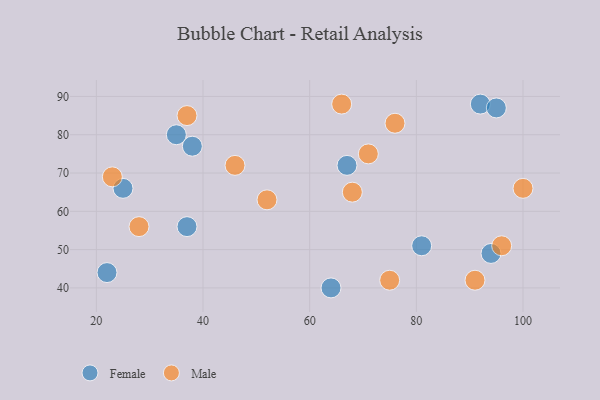
{"axis": {"x": "GDP", "y": "Life Expectancy"}, "legend": ["Female", "Male"], "data": [{"x": "92", "y": 88, "type": "Female"}, {"x": "94", "y": 49, "type": "Female"}, {"x": "37", "y": 56, "type": "Female"}, {"x": "67", "y": 72, "type": "Female"}, {"x": "81", "y": 51, "type": "Female"}, {"x": "25", "y": 66, "type": "Female"}, {"x": "38", "y": 77, "type": "Female"}, {"x": "35", "y": 80, "type": "Female"}, {"x": "95", "y": 87, "type": "Female"}, {"x": "22", "y": 44, "type": "Female"}, {"x": "64", "y": 40, "type": "Female"}, {"x": "23", "y": 69, "type": "Male"}, {"x": "75", "y": 42, "type": "Male"}, {"x": "68", "y": 65, "type": "Male"}, {"x": "76", "y": 83, "type": "Male"}, {"x": "28", "y": 56, "type": "Male"}, {"x": "91", "y": 42, "type": "Male"}, {"x": "71", "y": 75, "type": "Male"}, {"x": "66", "y": 88, "type": "Male"}, {"x": "46", "y": 72, "type": "Male"}, {"x": "96", "y": 51, "type": "Male"}, {"x": "100", "y": 66, "type": "Male"}, {"x": "52", "y": 63, "type": "Male"}, {"x": "37", "y": 85, "type": "Male"}]}